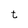
Character: t